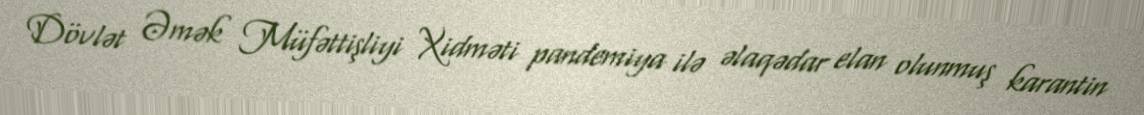
Dövlət Əmək Müfəttişliyi Xidməti pandemiya ilə əlaqədar elan olunmuş karantin